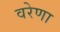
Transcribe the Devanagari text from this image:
वरेणा